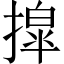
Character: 𫽿